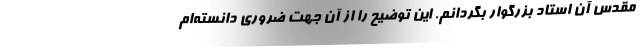
مقدس آن استاد بزرگوار بگردانم. این توضیح را از آن جهت ضروری دانسته‌ام